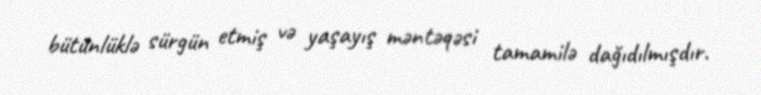
bütünlüklə sürgün etmiş və yaşayış məntəqəsi tamamilə dağıdılmışdır.